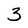
Character: 3